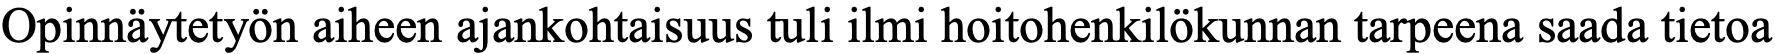
Opinnäytetyön aiheen ajankohtaisuus tuli ilmi hoitohenkilökunnan tarpeena saada tietoa